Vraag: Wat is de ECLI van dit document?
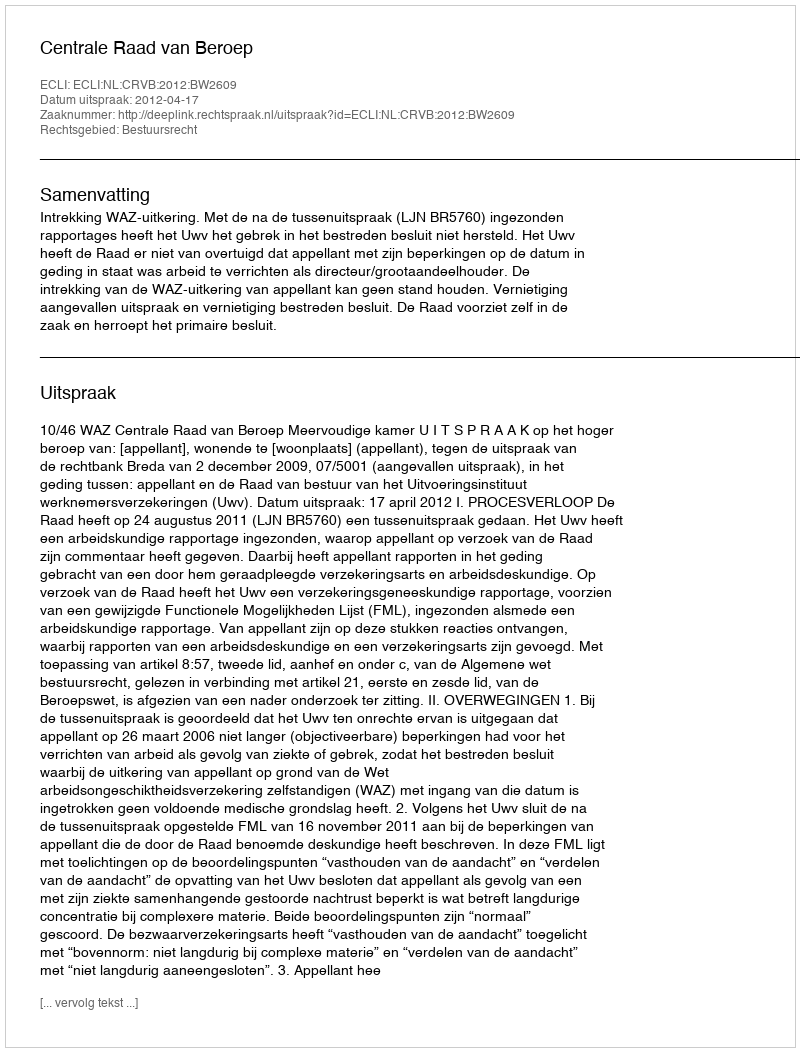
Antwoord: ECLI:NL:CRVB:2012:BW2609